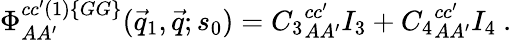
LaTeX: \Phi_{AA^{\prime}}^{cc^{\prime}(1)\{ GG\} }(\vec{q}_{1},\vec{q};s_{0})={C_{3}}_{AA^{\prime}}^{cc^{\prime}}I_{3}+{C_{4}}_{AA^{\prime}}^{cc^{\prime}}I_{4}~.